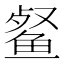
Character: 𮬞